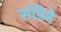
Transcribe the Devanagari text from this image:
सोंडेने